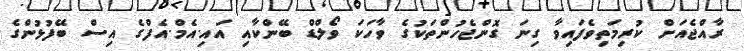
ރާއްޖެއަށް ކުރިމަތިވެފައިވާ ގިނަ ގޮންޖެހުންތަކުގެ ވާހަކަ ވޯލްޑް ބޭންކާއި އައި.އެމް.އެފްގެ އިސް ބޭފުޅުންގެ